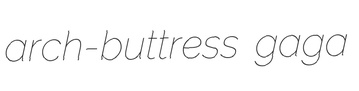
arch-buttress gaga